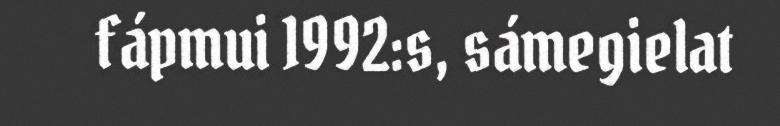
fápmui 1992:s, sámegielat